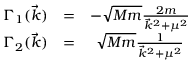
\begin{array} { c c c } { { \Gamma _ { 1 } ( \vec { k } ) } } & { { = } } & { { - \sqrt { M m } \frac { 2 m } { \vec { k } ^ { 2 } + \mu ^ { 2 } } } } \\ { { \Gamma _ { 2 } ( \vec { k } ) } } & { { = } } & { { \sqrt { M m } \frac { 1 } { \vec { k } ^ { 2 } + \mu ^ { 2 } } } } \end{array}